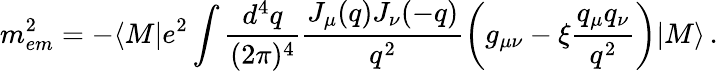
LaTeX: m_{em}^{2}=-\langle M|e^{2}\int\frac{d^{4}q}{(2\pi)^{4}}\frac{J_{\mu}(q)J_{\nu}(-q)}{q^{2}}\left(g_{\mu\nu}-\xi\frac{q_{\mu}q_{\nu}}{q^{2}}\right)|M\rangle\, .